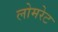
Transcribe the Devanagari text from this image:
लोमरेट